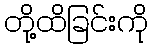
တို့ထိခြင်းကို